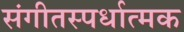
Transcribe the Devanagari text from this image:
संगीतस्पर्धात्मक